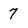
Character: 7